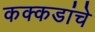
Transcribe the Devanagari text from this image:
कक्कडांचे